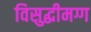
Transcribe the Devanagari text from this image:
विसुद्धीमग्ग